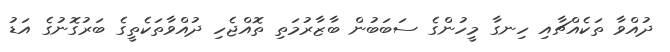
ދުއްވާ ތަކެއްޗާއި ހިނގާ މީހުންގެ ސަބަބުން ބާޒާރުމަތި ތޮއްޖެހި ދުއްވާތަކެތީގެ ބަރުގޮނުގެ އަޑު